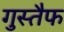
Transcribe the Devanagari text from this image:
गुस्तैफ